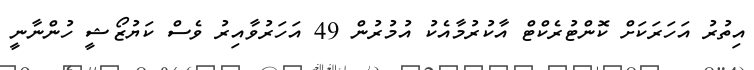
އިތުރު އަހަރަކަށް ކޮންޓުރެކްޓް އާކުރުމާއެކު އުމުރުން 49 އަަހަރުވާއިރު ވެސް ކަޔުޒޯޝީ ހުންނާނީ